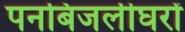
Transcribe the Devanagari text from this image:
पनबिजलीघरों